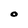
Character: O